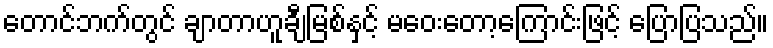
တောင်ဘက်တွင် ချာတာဟူချီမြစ်နှင့် မဝေးတော့ကြောင်းဖြင့် ပြောပြသည်။